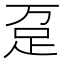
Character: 趸